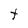
Character: t